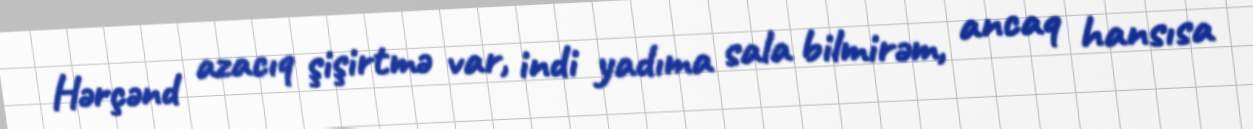
Hərçənd azacıq şişirtmə var, indi yadıma sala bilmirəm, ancaq hansısa